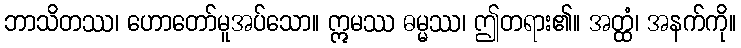
ဘာသိတဿ၊ ဟောတော်မူအပ်သော။ ဣမဿ ဓမ္မဿ၊ ဤတရား၏။ အတ္ထံ၊ အနက်ကို။